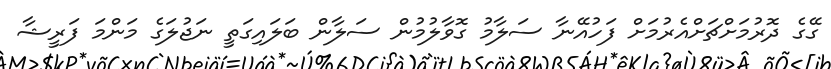
ގޭގެ ދޮރުމަށްޗަށްއެރުމަށް ފަހުއޭނާ ސަލާމު ގޮވާލުމުން ސަލާން ބަލައިގަތީ ނަޖުލަގެ މަންމަ ފަރީޝާ